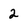
Character: 2